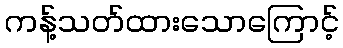
ကန့်သတ်ထားသောကြောင့်